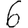
Digit: 6